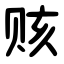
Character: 赅